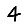
Digit: 4